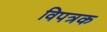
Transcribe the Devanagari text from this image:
विपत्रक